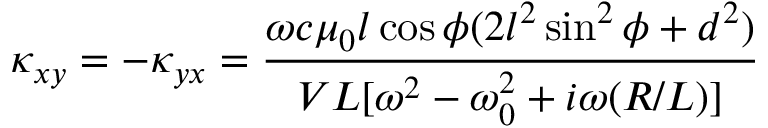
\kappa _ { x y } = - \kappa _ { y x } = \frac { \omega c \mu _ { 0 } l \cos { \phi } ( 2 l ^ { 2 } \sin ^ { 2 } { \phi } + d ^ { 2 } ) } { V L [ \omega ^ { 2 } - \omega _ { 0 } ^ { 2 } + i \omega ( R / L ) ] }